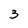
Character: 3